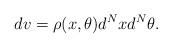
\begin{align*}dv=\rho(x, \theta)d^{N}x d^{N}\theta. \end{align*}